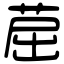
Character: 䓛